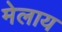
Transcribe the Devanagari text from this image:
मेलाय